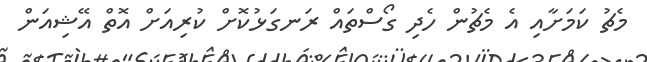
މެޗު ކަމަށާއި އެ މެޗުން ހެދި ގޯސްތައް ރަނގަޅުކޮށް ކުރިއަށް އޮތް އޭޝިއަން